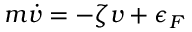
m \dot { v } = - \zeta v + \epsilon _ { F }